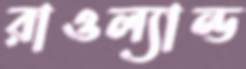
রাওল্যান্ড